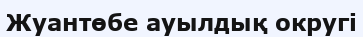
Жуантөбе ауылдық округі